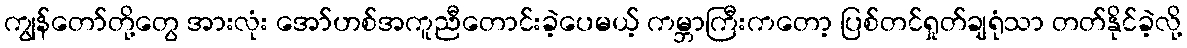
ကျွန်တော်တို့တွေ အားလုံး အော်ဟစ်အကူညီတောင်းခဲ့ပေမယ့် ကမ္ဘာကြီးကတော့ ပြစ်တင်ရှုတ်ချရုံသာ တတ်နိုင်ခဲ့လို့